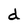
Character: d